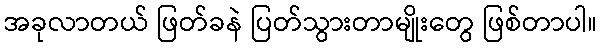
အခုလာတယ် ဖြတ်ခနဲ ပြတ်သွားတာမျိုးတွေ ဖြစ်တာပါ။